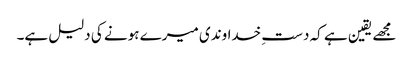
مجھے یقین ہے کہ دستِ خداوندی میرے ہونے کی دلیل ہے۔